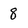
Character: 8